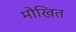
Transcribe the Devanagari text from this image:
मौखित